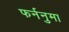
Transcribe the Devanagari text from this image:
फर्ननुमा